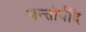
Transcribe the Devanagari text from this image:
जन्तोर्यदि